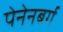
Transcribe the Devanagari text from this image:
पेनेनबर्ग